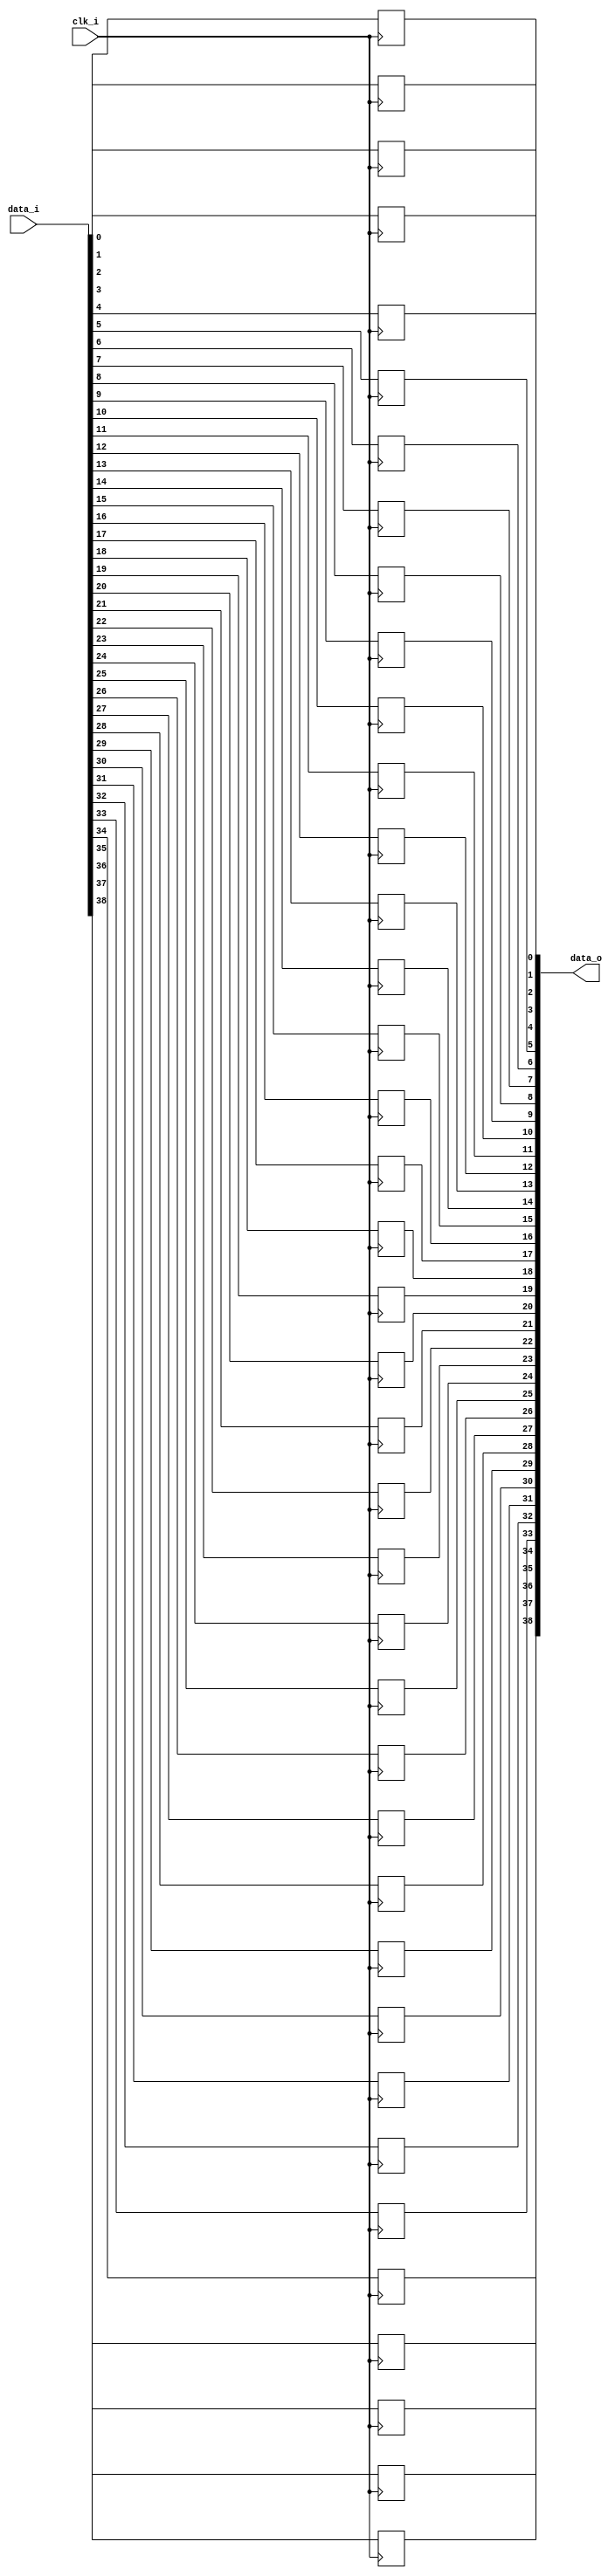
// This program was cloned from: https://github.com/NYU-MLDA/OpenABC
// License: BSD 3-Clause "New" or "Revised" License

module bsg_dff_width_p39
(
  clk_i,
  data_i,
  data_o
);

  input [38:0] data_i;
  output [38:0] data_o;
  input clk_i;
  wire [38:0] data_o;
  reg data_o_38_sv2v_reg,data_o_37_sv2v_reg,data_o_36_sv2v_reg,data_o_35_sv2v_reg,
  data_o_34_sv2v_reg,data_o_33_sv2v_reg,data_o_32_sv2v_reg,data_o_31_sv2v_reg,
  data_o_30_sv2v_reg,data_o_29_sv2v_reg,data_o_28_sv2v_reg,data_o_27_sv2v_reg,
  data_o_26_sv2v_reg,data_o_25_sv2v_reg,data_o_24_sv2v_reg,data_o_23_sv2v_reg,
  data_o_22_sv2v_reg,data_o_21_sv2v_reg,data_o_20_sv2v_reg,data_o_19_sv2v_reg,data_o_18_sv2v_reg,
  data_o_17_sv2v_reg,data_o_16_sv2v_reg,data_o_15_sv2v_reg,data_o_14_sv2v_reg,
  data_o_13_sv2v_reg,data_o_12_sv2v_reg,data_o_11_sv2v_reg,data_o_10_sv2v_reg,
  data_o_9_sv2v_reg,data_o_8_sv2v_reg,data_o_7_sv2v_reg,data_o_6_sv2v_reg,
  data_o_5_sv2v_reg,data_o_4_sv2v_reg,data_o_3_sv2v_reg,data_o_2_sv2v_reg,data_o_1_sv2v_reg,
  data_o_0_sv2v_reg;
  assign data_o[38] = data_o_38_sv2v_reg;
  assign data_o[37] = data_o_37_sv2v_reg;
  assign data_o[36] = data_o_36_sv2v_reg;
  assign data_o[35] = data_o_35_sv2v_reg;
  assign data_o[34] = data_o_34_sv2v_reg;
  assign data_o[33] = data_o_33_sv2v_reg;
  assign data_o[32] = data_o_32_sv2v_reg;
  assign data_o[31] = data_o_31_sv2v_reg;
  assign data_o[30] = data_o_30_sv2v_reg;
  assign data_o[29] = data_o_29_sv2v_reg;
  assign data_o[28] = data_o_28_sv2v_reg;
  assign data_o[27] = data_o_27_sv2v_reg;
  assign data_o[26] = data_o_26_sv2v_reg;
  assign data_o[25] = data_o_25_sv2v_reg;
  assign data_o[24] = data_o_24_sv2v_reg;
  assign data_o[23] = data_o_23_sv2v_reg;
  assign data_o[22] = data_o_22_sv2v_reg;
  assign data_o[21] = data_o_21_sv2v_reg;
  assign data_o[20] = data_o_20_sv2v_reg;
  assign data_o[19] = data_o_19_sv2v_reg;
  assign data_o[18] = data_o_18_sv2v_reg;
  assign data_o[17] = data_o_17_sv2v_reg;
  assign data_o[16] = data_o_16_sv2v_reg;
  assign data_o[15] = data_o_15_sv2v_reg;
  assign data_o[14] = data_o_14_sv2v_reg;
  assign data_o[13] = data_o_13_sv2v_reg;
  assign data_o[12] = data_o_12_sv2v_reg;
  assign data_o[11] = data_o_11_sv2v_reg;
  assign data_o[10] = data_o_10_sv2v_reg;
  assign data_o[9] = data_o_9_sv2v_reg;
  assign data_o[8] = data_o_8_sv2v_reg;
  assign data_o[7] = data_o_7_sv2v_reg;
  assign data_o[6] = data_o_6_sv2v_reg;
  assign data_o[5] = data_o_5_sv2v_reg;
  assign data_o[4] = data_o_4_sv2v_reg;
  assign data_o[3] = data_o_3_sv2v_reg;
  assign data_o[2] = data_o_2_sv2v_reg;
  assign data_o[1] = data_o_1_sv2v_reg;
  assign data_o[0] = data_o_0_sv2v_reg;

  always @(posedge clk_i) begin
    if(1'b1) begin
      data_o_38_sv2v_reg <= data_i[38];
    end 
  end


  always @(posedge clk_i) begin
    if(1'b1) begin
      data_o_37_sv2v_reg <= data_i[37];
    end 
  end


  always @(posedge clk_i) begin
    if(1'b1) begin
      data_o_36_sv2v_reg <= data_i[36];
    end 
  end


  always @(posedge clk_i) begin
    if(1'b1) begin
      data_o_35_sv2v_reg <= data_i[35];
    end 
  end


  always @(posedge clk_i) begin
    if(1'b1) begin
      data_o_34_sv2v_reg <= data_i[34];
    end 
  end


  always @(posedge clk_i) begin
    if(1'b1) begin
      data_o_33_sv2v_reg <= data_i[33];
    end 
  end


  always @(posedge clk_i) begin
    if(1'b1) begin
      data_o_32_sv2v_reg <= data_i[32];
    end 
  end


  always @(posedge clk_i) begin
    if(1'b1) begin
      data_o_31_sv2v_reg <= data_i[31];
    end 
  end


  always @(posedge clk_i) begin
    if(1'b1) begin
      data_o_30_sv2v_reg <= data_i[30];
    end 
  end


  always @(posedge clk_i) begin
    if(1'b1) begin
      data_o_29_sv2v_reg <= data_i[29];
    end 
  end


  always @(posedge clk_i) begin
    if(1'b1) begin
      data_o_28_sv2v_reg <= data_i[28];
    end 
  end


  always @(posedge clk_i) begin
    if(1'b1) begin
      data_o_27_sv2v_reg <= data_i[27];
    end 
  end


  always @(posedge clk_i) begin
    if(1'b1) begin
      data_o_26_sv2v_reg <= data_i[26];
    end 
  end


  always @(posedge clk_i) begin
    if(1'b1) begin
      data_o_25_sv2v_reg <= data_i[25];
    end 
  end


  always @(posedge clk_i) begin
    if(1'b1) begin
      data_o_24_sv2v_reg <= data_i[24];
    end 
  end


  always @(posedge clk_i) begin
    if(1'b1) begin
      data_o_23_sv2v_reg <= data_i[23];
    end 
  end


  always @(posedge clk_i) begin
    if(1'b1) begin
      data_o_22_sv2v_reg <= data_i[22];
    end 
  end


  always @(posedge clk_i) begin
    if(1'b1) begin
      data_o_21_sv2v_reg <= data_i[21];
    end 
  end


  always @(posedge clk_i) begin
    if(1'b1) begin
      data_o_20_sv2v_reg <= data_i[20];
    end 
  end


  always @(posedge clk_i) begin
    if(1'b1) begin
      data_o_19_sv2v_reg <= data_i[19];
    end 
  end


  always @(posedge clk_i) begin
    if(1'b1) begin
      data_o_18_sv2v_reg <= data_i[18];
    end 
  end


  always @(posedge clk_i) begin
    if(1'b1) begin
      data_o_17_sv2v_reg <= data_i[17];
    end 
  end


  always @(posedge clk_i) begin
    if(1'b1) begin
      data_o_16_sv2v_reg <= data_i[16];
    end 
  end


  always @(posedge clk_i) begin
    if(1'b1) begin
      data_o_15_sv2v_reg <= data_i[15];
    end 
  end


  always @(posedge clk_i) begin
    if(1'b1) begin
      data_o_14_sv2v_reg <= data_i[14];
    end 
  end


  always @(posedge clk_i) begin
    if(1'b1) begin
      data_o_13_sv2v_reg <= data_i[13];
    end 
  end


  always @(posedge clk_i) begin
    if(1'b1) begin
      data_o_12_sv2v_reg <= data_i[12];
    end 
  end


  always @(posedge clk_i) begin
    if(1'b1) begin
      data_o_11_sv2v_reg <= data_i[11];
    end 
  end


  always @(posedge clk_i) begin
    if(1'b1) begin
      data_o_10_sv2v_reg <= data_i[10];
    end 
  end


  always @(posedge clk_i) begin
    if(1'b1) begin
      data_o_9_sv2v_reg <= data_i[9];
    end 
  end


  always @(posedge clk_i) begin
    if(1'b1) begin
      data_o_8_sv2v_reg <= data_i[8];
    end 
  end


  always @(posedge clk_i) begin
    if(1'b1) begin
      data_o_7_sv2v_reg <= data_i[7];
    end 
  end


  always @(posedge clk_i) begin
    if(1'b1) begin
      data_o_6_sv2v_reg <= data_i[6];
    end 
  end


  always @(posedge clk_i) begin
    if(1'b1) begin
      data_o_5_sv2v_reg <= data_i[5];
    end 
  end


  always @(posedge clk_i) begin
    if(1'b1) begin
      data_o_4_sv2v_reg <= data_i[4];
    end 
  end


  always @(posedge clk_i) begin
    if(1'b1) begin
      data_o_3_sv2v_reg <= data_i[3];
    end 
  end


  always @(posedge clk_i) begin
    if(1'b1) begin
      data_o_2_sv2v_reg <= data_i[2];
    end 
  end


  always @(posedge clk_i) begin
    if(1'b1) begin
      data_o_1_sv2v_reg <= data_i[1];
    end 
  end


  always @(posedge clk_i) begin
    if(1'b1) begin
      data_o_0_sv2v_reg <= data_i[0];
    end 
  end


endmodule